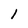
Character: 1